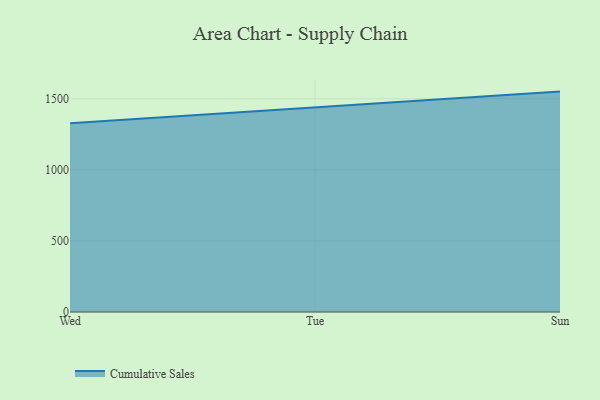
{"axis": {"x": "Day", "y": "Conversion Rate (%)"}, "legend": ["Cumulative Sales"], "data": [{"x": "Wed", "y": 1328.0, "type": "Cumulative Sales"}, {"x": "Tue", "y": 1440.4, "type": "Cumulative Sales"}, {"x": "Sun", "y": 1549.9, "type": "Cumulative Sales"}]}